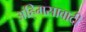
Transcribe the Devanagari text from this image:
अहि्मसावादी